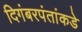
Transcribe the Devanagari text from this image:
दिगंबरपंतांकडे